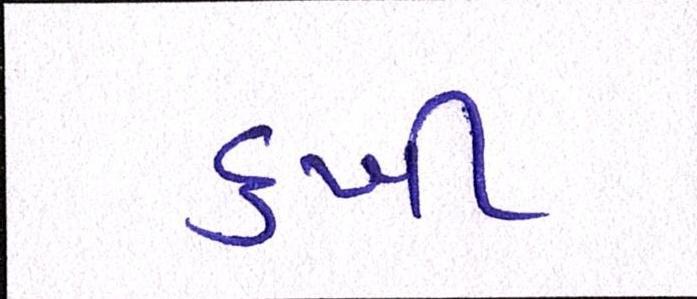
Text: દુખી